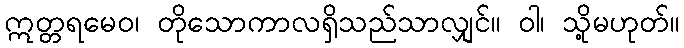
ဣတ္တရမေဝ၊ တိုသောကာလရှိသည်သာလျှင်။ ဝါ၊ သို့မဟုတ်။